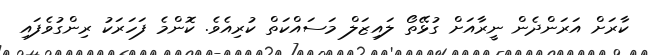
ކާރަށް އަރަންދެން ނީރާއަށް ގުޅޭތޯ ލައިޒަލް މަސައްކަތް ކުރިއެވެ. ކޮންމެ ފަހަރަކު ރިންގުވެފައި